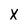
Character: X